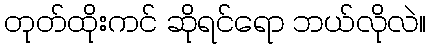
တုတ်ထိုးကင် ဆိုရင်ရော ဘယ်လိုလဲ။